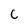
Character: C